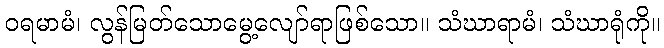
ဝရမာမံ၊ လွန်မြတ်သောမွေ့လျော်ရာဖြစ်သော။ သံဃာရာမံ၊ သံဃာရုံကို။